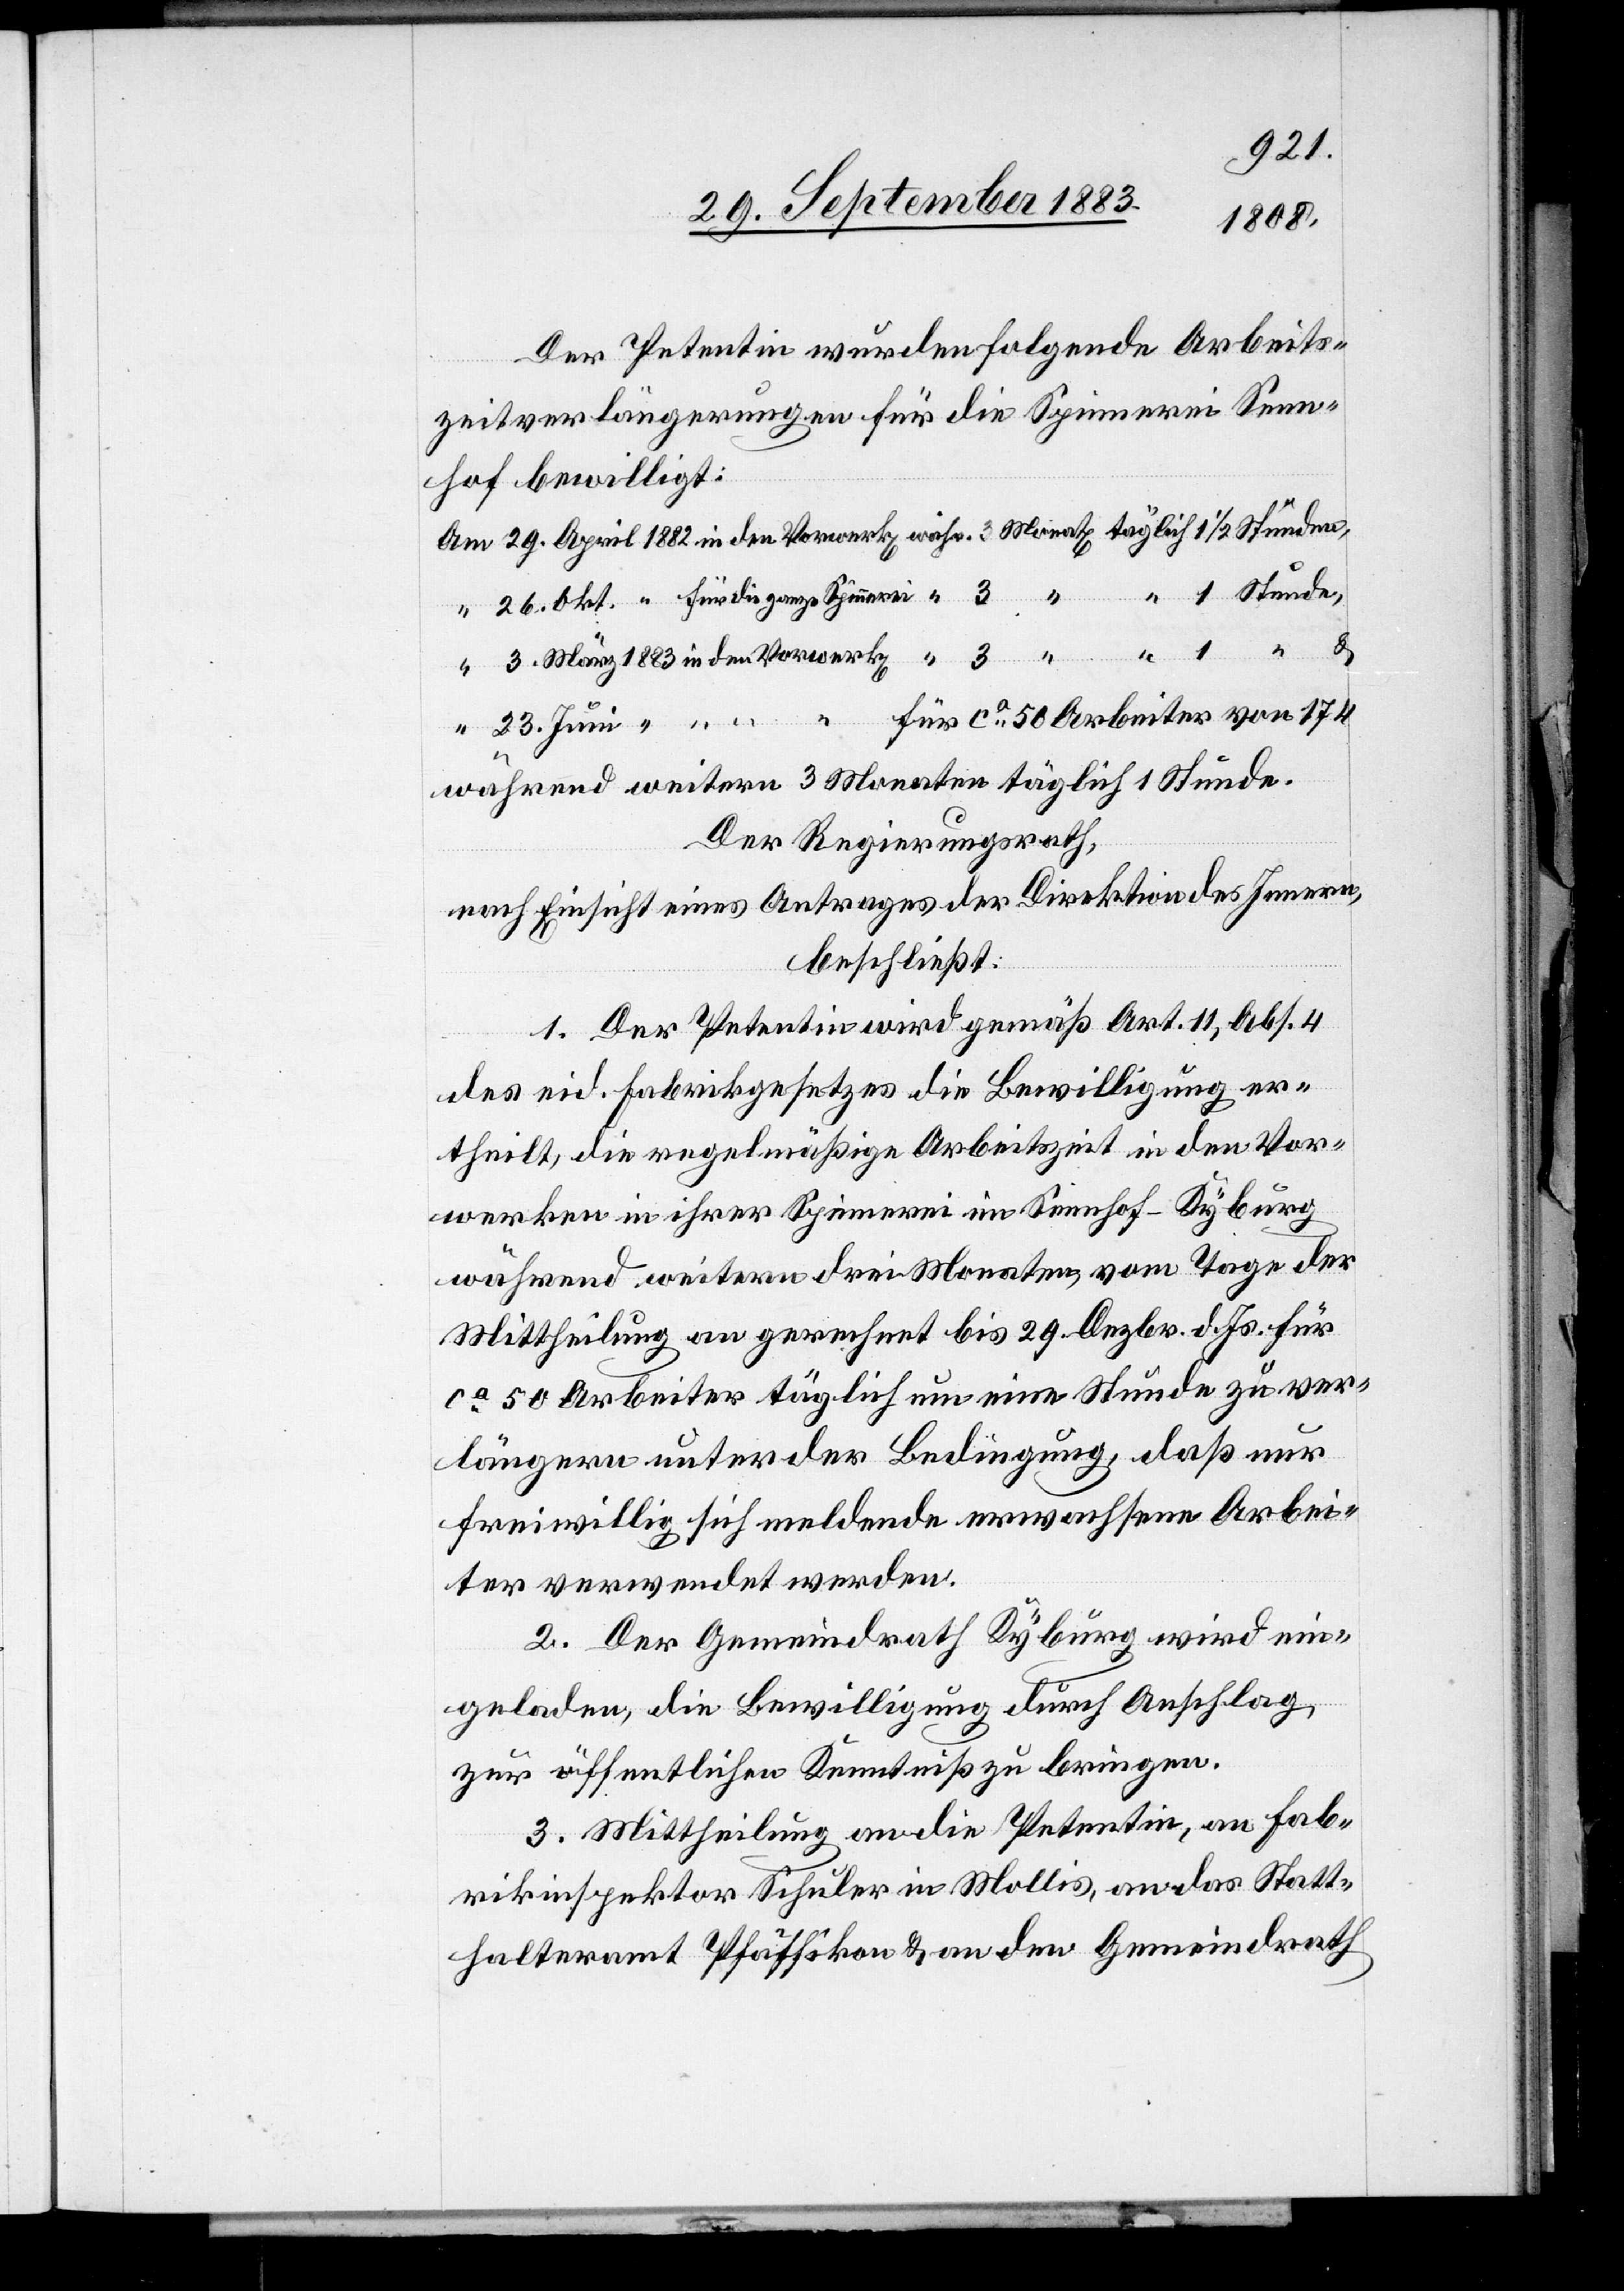
23.
1883
Der Petentin wurden folgende Arbeits¬
zeitverlängerungen für die Spinnerei Senn¬
hof bewilligt:
für ca 50 Arbeiter von 174
Der Regierungsrath,
nach Einsicht eines Antrages der Direktion des Innern,
beschließt:
1. Der Petentin wird gemäß Art. 11, Abs. 4
des eid. Fabrikgesetzes die Bewilligung er¬
theilt, die Regelmäßige Arbeitszeit in den Vor¬
werken in ihrer Spinnerei im Sennhof - Kyburg
während weitern drei Monaten vom Tage der
Mittheilung an gerechnet bis 29. Dezbr. d. Js. für
ca 50 Arbeiter täglich um eine Stunde zu ver¬
längern unter der Bedingung, daß nur
freiwillig sich meldende erwachsene Arbei¬
ter verwendet werden.
2. Der Gemeindrath Kyburg wird ein¬
geladen, die Bewilligung durch Anschlag
zur öffentlichen Kenntniß zu bringen.
3. Mittheilung an die Petentin, an Fab¬
rikinspektor Schuler in Mollis, an das Statt¬
halteramt Pfäffikon & an den Gemeindrath